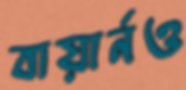
বায়ার্নও